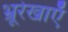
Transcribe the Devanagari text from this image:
भ्रूरेखाएँ